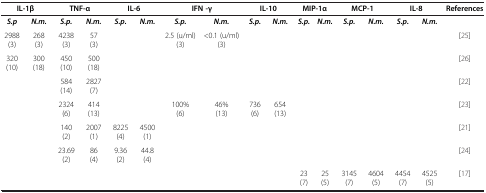
| <COLSPAN=2> IL-1β | <COLSPAN=2> TNF-α | <COLSPAN=2> IL-6 | <COLSPAN=2> IFN -γ | <COLSPAN=2> IL-10 | <COLSPAN=2> MIP-1α | <COLSPAN=2> MCP-1 | <COLSPAN=2> IL-8 | References |
 | --- | --- | --- | --- | --- | --- | --- | --- | --- | --- | --- | --- | --- | --- | --- | --- | --- |
 | S.p | N.m. | S.p. | N.m. | S.p. | N.m. | S.p. | N.m. | S.p. | N.m. | S.p. | N.m. | S.p. | N.m. | S.p. | N.m. |  |
 | 2988 (3) | 268 (3) | 4238 (3) | 57 (3) |  |  | 2.5 (u/ml) (3) | <0.1 (u/ml) (3) |  |  |  |  |  |  |  |  | [25] |
 | 320 (10) | 300 (18) | 450 (10) | 500 (18) |  |  |  |  |  |  |  |  |  |  |  |  | [26] |
 |  |  | 584 (14) | 2827 (7) |  |  |  |  |  |  |  |  |  |  |  |  | [22] |
 |  |  | 2324 (6) | 414 (13) |  |  | 100% (6) | 46% (13) | 736 (6) | 654 (13) |  |  |  |  |  |  | [23] |
 |  |  | 140 (2) | 2007 (1) | 8225 (4) | 4500 (1) |  |  |  |  |  |  |  |  |  |  | [21] |
 |  |  | 23.69 (2) | 86 (4) | 9.36 (2) | 44.8 (4) |  |  |  |  |  |  |  |  |  |  | [24] |
 |  |  |  |  |  |  |  |  |  |  | 23 (7) | 25 (5) | 3145 (7) | 4604 (5) | 4454 (7) | 4525 (5) | [17] |